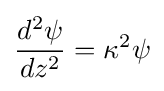
{\frac {d^{2}\psi }{dz^{2}}}=\kappa ^{2}\psi